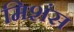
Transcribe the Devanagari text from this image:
मिशंस